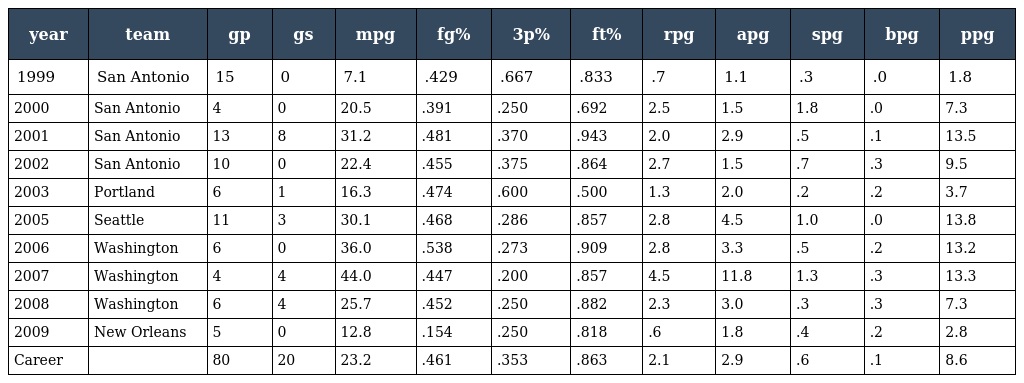
| year | team | gp | gs | mpg | fg% | 3p% | ft% | rpg | apg | spg | bpg | ppg |
 | --- | --- | --- | --- | --- | --- | --- | --- | --- | --- | --- | --- | --- |
 | 1999 | San Antonio | 15 | 0 | 7.1 | .429 | .667 | .833 | .7 | 1.1 | .3 | .0 | 1.8 |
 | 2000 | San Antonio | 4 | 0 | 20.5 | .391 | .250 | .692 | 2.5 | 1.5 | 1.8 | .0 | 7.3 |
 | 2001 | San Antonio | 13 | 8 | 31.2 | .481 | .370 | .943 | 2.0 | 2.9 | .5 | .1 | 13.5 |
 | 2002 | San Antonio | 10 | 0 | 22.4 | .455 | .375 | .864 | 2.7 | 1.5 | .7 | .3 | 9.5 |
 | 2003 | Portland | 6 | 1 | 16.3 | .474 | .600 | .500 | 1.3 | 2.0 | .2 | .2 | 3.7 |
 | 2005 | Seattle | 11 | 3 | 30.1 | .468 | .286 | .857 | 2.8 | 4.5 | 1.0 | .0 | 13.8 |
 | 2006 | Washington | 6 | 0 | 36.0 | .538 | .273 | .909 | 2.8 | 3.3 | .5 | .2 | 13.2 |
 | 2007 | Washington | 4 | 4 | 44.0 | .447 | .200 | .857 | 4.5 | 11.8 | 1.3 | .3 | 13.3 |
 | 2008 | Washington | 6 | 4 | 25.7 | .452 | .250 | .882 | 2.3 | 3.0 | .3 | .3 | 7.3 |
 | 2009 | New Orleans | 5 | 0 | 12.8 | .154 | .250 | .818 | .6 | 1.8 | .4 | .2 | 2.8 |
 | Career |  | 80 | 20 | 23.2 | .461 | .353 | .863 | 2.1 | 2.9 | .6 | .1 | 8.6 |